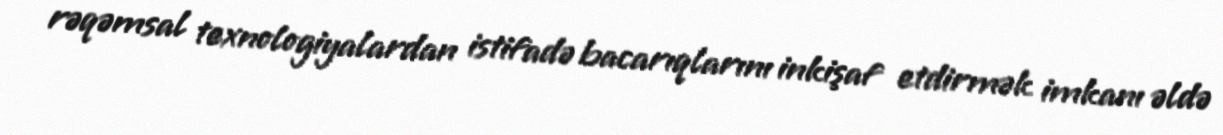
rəqəmsal texnologiyalardan istifadə bacarıqlarını inkişaf etdirmək imkanı əldə